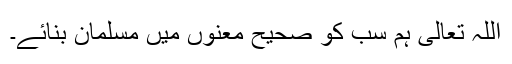
اللہ تعالیٰ ہم سب کو صحیح معنوں میں مسلمان بنائے۔